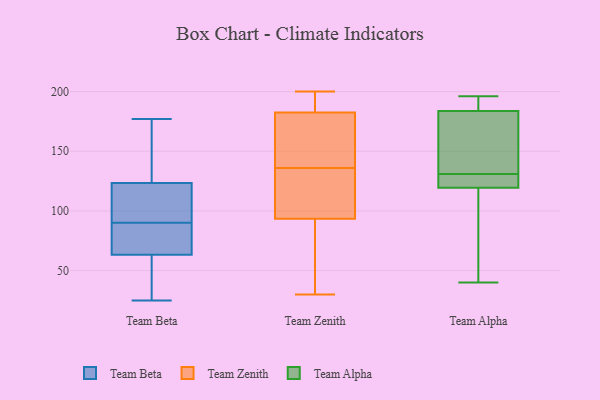
{"axis": {"x": "Satisfaction Score", "y": "Value"}, "legend": ["Team Alpha", "Team Beta", "Team Zenith"], "data": [{"x": "", "y": 177, "type": "Team Beta"}, {"x": "", "y": 149, "type": "Team Beta"}, {"x": "", "y": 82, "type": "Team Beta"}, {"x": "", "y": 35, "type": "Team Beta"}, {"x": "", "y": 109, "type": "Team Beta"}, {"x": "", "y": 97, "type": "Team Beta"}, {"x": "", "y": 64, "type": "Team Beta"}, {"x": "", "y": 25, "type": "Team Beta"}, {"x": "", "y": 61, "type": "Team Beta"}, {"x": "", "y": 78, "type": "Team Beta"}, {"x": "", "y": 115, "type": "Team Beta"}, {"x": "", "y": 173, "type": "Team Beta"}, {"x": "", "y": 90, "type": "Team Beta"}, {"x": "", "y": 181, "type": "Team Zenith"}, {"x": "", "y": 130, "type": "Team Zenith"}, {"x": "", "y": 91, "type": "Team Zenith"}, {"x": "", "y": 101, "type": "Team Zenith"}, {"x": "", "y": 104, "type": "Team Zenith"}, {"x": "", "y": 185, "type": "Team Zenith"}, {"x": "", "y": 191, "type": "Team Zenith"}, {"x": "", "y": 57, "type": "Team Zenith"}, {"x": "", "y": 53, "type": "Team Zenith"}, {"x": "", "y": 30, "type": "Team Zenith"}, {"x": "", "y": 114, "type": "Team Zenith"}, {"x": "", "y": 141, "type": "Team Zenith"}, {"x": "", "y": 154, "type": "Team Zenith"}, {"x": "", "y": 190, "type": "Team Zenith"}, {"x": "", "y": 163, "type": "Team Zenith"}, {"x": "", "y": 136, "type": "Team Zenith"}, {"x": "", "y": 200, "type": "Team Zenith"}, {"x": "", "y": 89, "type": "Team Zenith"}, {"x": "", "y": 183, "type": "Team Zenith"}, {"x": "", "y": 40, "type": "Team Alpha"}, {"x": "", "y": 187, "type": "Team Alpha"}, {"x": "", "y": 121, "type": "Team Alpha"}, {"x": "", "y": 174, "type": "Team Alpha"}, {"x": "", "y": 138, "type": "Team Alpha"}, {"x": "", "y": 196, "type": "Team Alpha"}, {"x": "", "y": 131, "type": "Team Alpha"}, {"x": "", "y": 121, "type": "Team Alpha"}, {"x": "", "y": 194, "type": "Team Alpha"}, {"x": "", "y": 83, "type": "Team Alpha"}, {"x": "", "y": 139, "type": "Team Alpha"}, {"x": "", "y": 52, "type": "Team Alpha"}, {"x": "", "y": 125, "type": "Team Alpha"}, {"x": "", "y": 193, "type": "Team Alpha"}, {"x": "", "y": 119, "type": "Team Alpha"}]}